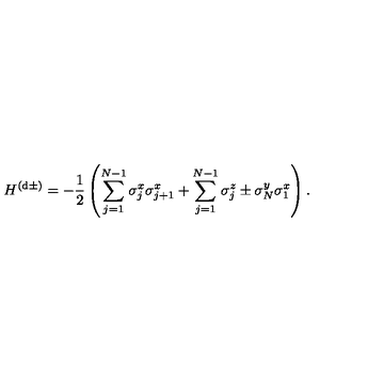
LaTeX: H ^ { ( \mathrm { d } \pm ) } = - \frac { 1 } { 2 } \left( \sum _ { j = 1 } ^ { N - 1 } \sigma _ { j } ^ { x } \sigma _ { j + 1 } ^ { x } + \sum _ { j = 1 } ^ { N - 1 } \sigma _ { j } ^ { z } \pm \sigma _ { N } ^ { y } \sigma _ { 1 } ^ { x } \right) .